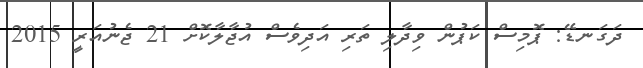
ދަގަނޑޭ: ޕޮމިސް ކަޕުން ވިދާލި ތަރި އަދިވެސް އުޖާލާކޮށް 21 ޖެނުއަރީ 2015